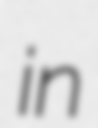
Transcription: in